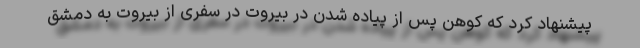
پیشنهاد کرد که کوهن پس از پیاده شدن در بیروت در سفری از بیروت به دمشق